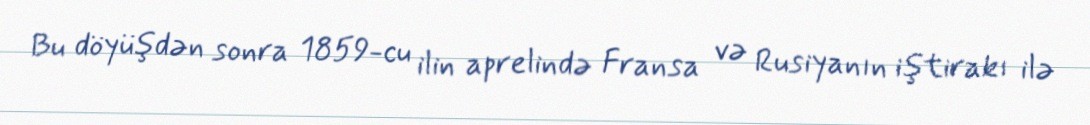
Bu döyüşdən sonra 1859-cu ilin aprelində Fransa və Rusiyanın iştirakı ilə